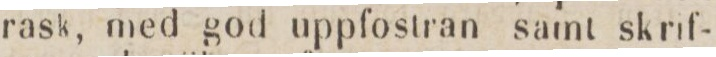
rask, med god uppfostran samt skrif-